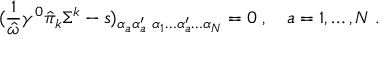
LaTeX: ( { \frac { 1 } { \hat { \omega } } } \gamma ^ { 0 } \hat { \pi } _ { k } \Sigma ^ { k } - s ) _ { \alpha _ { a } \alpha _ { a } ^ { \prime } } { \bf \Psi } _ { \alpha _ { 1 } \ldots \alpha _ { a } ^ { \prime } \ldots \alpha _ { N } } = 0 \; , \quad a = 1 , \ldots , N \; .